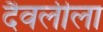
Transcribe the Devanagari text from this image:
दैवलीला